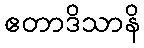
ဧတာဒိသာနိ